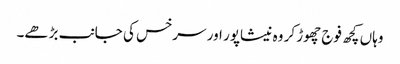
وہاں کچھ فوج چھوڑ کر وہ نیشاپور اور سرخس کی جانب بڑھے۔